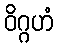
ဝိဂ္ဂဟံ